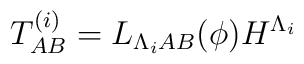
T^{(i)}_{AB} = L_{\Lambda_i AB} (\phi) H^ {\Lambda_i}